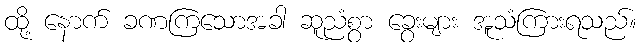
ထို့ နောက် ခဏကြသောအခါ ဆူညံစွာ ခွေးများ အူသံကြားရသည်။